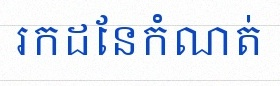
រកដែនកំណត់